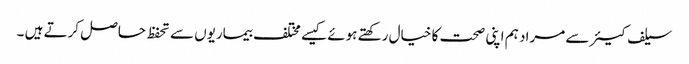
سیلف کیئر سے مراد ہم اپنی صحت کا خیال رکھتے ہوئے کیسے مختلف بیماریوں سے تحفظ حاصل کرتے ہیں ۔